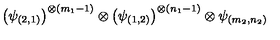
\left( \psi _ { ( 2 , 1 ) } \right) ^ { \otimes ( m _ { 1 } - 1 ) } \otimes \left( \psi _ { ( 1 , 2 ) } \right) ^ { \otimes ( n _ { 1 } - 1 ) } \otimes \psi _ { ( m _ { 2 } , n _ { 2 } ) }